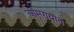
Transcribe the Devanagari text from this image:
आमरायात